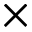
\times